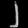
Digit: ၂